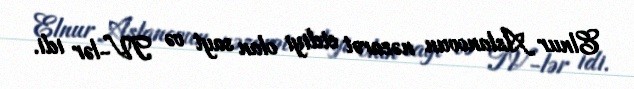
Elnur Aslanovun nəzarət etdiyi olan sayt və TV-lər idi.